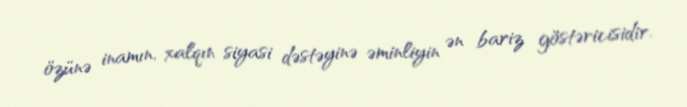
özünə inamın, xalqın siyasi dəstəyinə əminliyin ən bariz göstəricisidir.